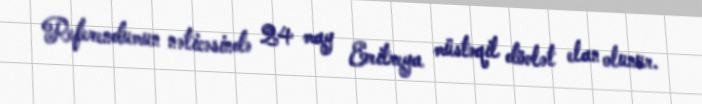
Referendumun nəticəsində 24 may Eritreya müstəqil dövlət elan olunur.